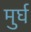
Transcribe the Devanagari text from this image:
मुर्घ